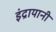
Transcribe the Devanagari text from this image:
इंद्रायानी